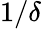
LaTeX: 1/\delta